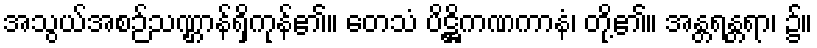
အသွယ်အစဉ်သဏ္ဌာန်ရှိကုန်၏။ တေသံ ပိဋ္ဌိကဏကာနံ၊ တို့၏။ အန္တရန္တရာ၊ ၌။